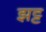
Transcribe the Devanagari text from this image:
झट्ट